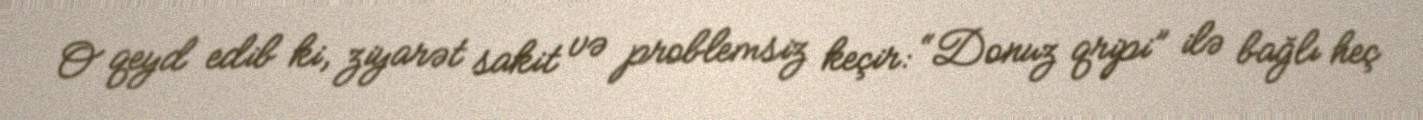
O qeyd edib ki, ziyarət sakit və problemsiz keçir: “Donuz qripi” ilə bağlı heç